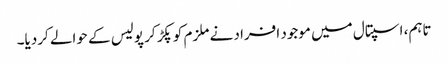
تاہم، اسپتال میں موجود افراد نے ملزم کوپکڑ کر پولیس کے حوالے کردیا۔